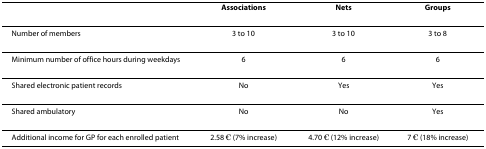
<table><thead><tr><td></td><td><b>Associations</b></td><td><b>Nets</b></td><td><b>Groups</b></td></tr></thead><tbody><tr><td>Number of members</td><td>3 to 10</td><td>3 to 10</td><td>3 to 8</td></tr><tr><td>Minimum number of office hours during weekdays</td><td>6</td><td>6</td><td>6</td></tr><tr><td>Shared electronic patient records</td><td>No</td><td>Yes</td><td>Yes</td></tr><tr><td>Shared ambulatory</td><td>No</td><td>No</td><td>Yes</td></tr><tr><td>Additional income for GP for each enrolled patient</td><td>2.58 € (7% increase)</td><td>4.70 € (12% increase)</td><td>7 € (18% increase)</td></tr></tbody></table>